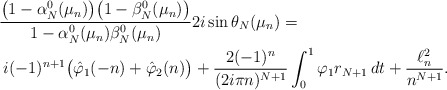
\begin{align*}&\frac{\big(1-\alpha_N^{0}(\mu_n)\big)\big(1-\beta_N^{0}(\mu_n)\big)}{1-\alpha_N^{0}(\mu_n)\beta_N^{0}(\mu_n)} 2 i \sin \theta_N(\mu_n) =\\& \; i(-1)^{n+1}\big(\hat\varphi_1(-n)+\hat\varphi_2(n)\big)+ \frac{2(-1)^{n}}{(2i\pi n)^{N+1}}\int_0^1\varphi_1r_{N+1}\,dt + \frac{\ell^2_n}{n^{N+1}}.\end{align*}